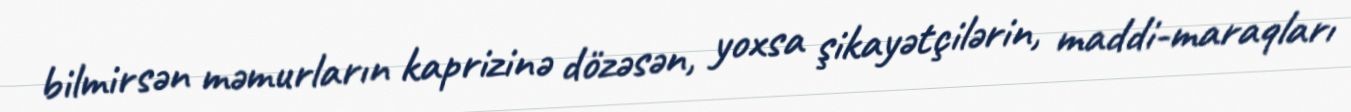
bilmirsən məmurların kaprizinə dözəsən, yoxsa şikayətçilərin, maddi-maraqları